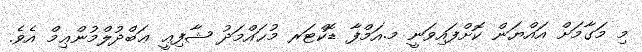
މި މަގާމަށް އައްޔަން ކޮށްފައިވަނީ މ.އަމްފާ ޑޮކްޓަރ މުޙައްމަދު ޝާފިޢީ ޢަބްދުލްމުންޢިމް އެވެ.